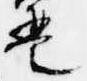
琶